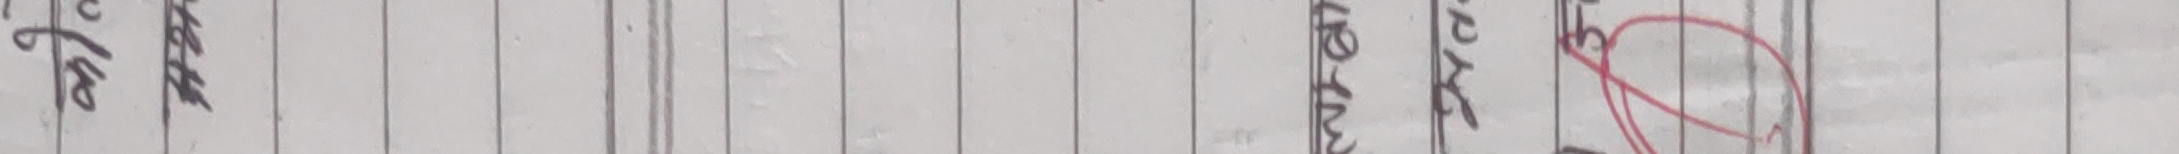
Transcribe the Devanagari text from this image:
शुल्क मन्त्रिपरिषद्